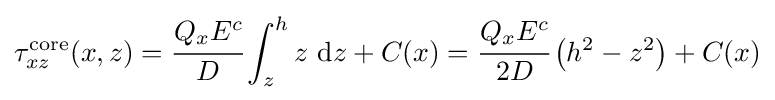
\tau _{xz}^{\mathrm {core} }(x,z)={\cfrac {Q_{x}E^{c}}{D}}\int _{z}^{h}z~\mathrm {d} z+C(x)={\cfrac {Q_{x}E^{c}}{2D}}\left(h^{2}-z^{2}\right)+C(x)